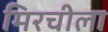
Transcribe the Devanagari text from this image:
मिरचीला